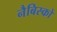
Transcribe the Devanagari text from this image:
नैबिस्को